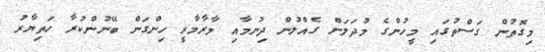
މިގޮތުން ގަސްތުގައި މީހުންގެ މުދަލަށް ގެއްލުން ދިނުމާއި މާރާމާރީ ހިންގަން ބޭނުންކުރާ ހަތިޔާރު